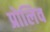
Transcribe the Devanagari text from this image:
प्रोलिव